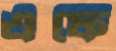
এফে